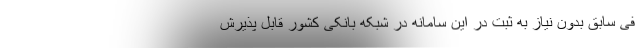
فی سابق بدون نیاز به ثبت در این سامانه در شبکه بانکی کشور قابل پذیرش